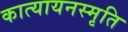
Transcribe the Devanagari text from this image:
कात्यायनस्मृति